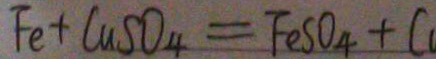
F e + C u S O _ { 4 } = F e S O _ { 4 } + C